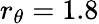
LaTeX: r_{\theta}=1.8